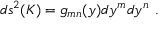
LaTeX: d s ^ { 2 } ( K ) = g _ { m n } ( y ) d y ^ { m } d y ^ { n } ~ .